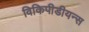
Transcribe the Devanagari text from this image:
विकिपीडीयन्स